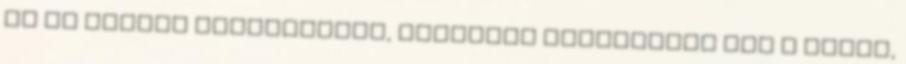
az út szélén közlekednek, ráadásul magasabban van a fejük,